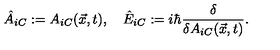
{ \hat { A } } _ { i C } : = A _ { i C } ( { \vec { x } } , t ) , \quad { \hat { E } } _ { i C } : = i { \hbar } { \frac { \delta } { \delta A _ { i C } ( { \vec { x } } , t ) } } .